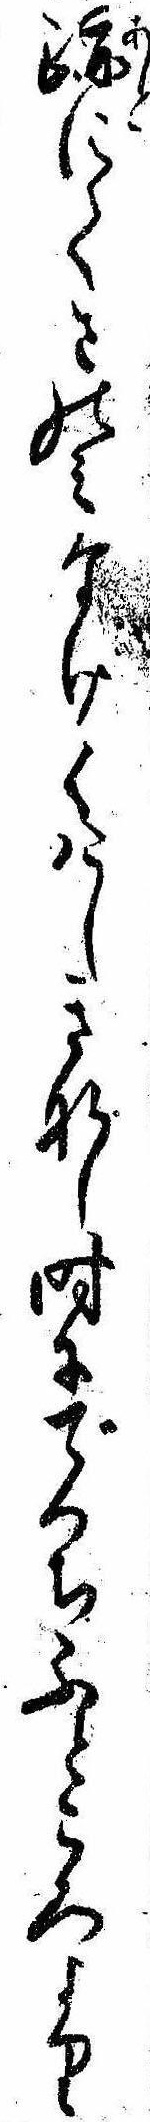
跡にてさのみなけくけしきなし時にでつちふところより